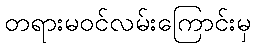
တရားမဝင်လမ်းကြောင်းမှ